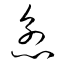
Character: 忿